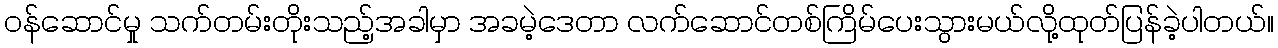
ဝန်ဆောင်မှု သက်တမ်းတိုးသည့်အခါမှာ အခမဲ့ဒေတာ လက်ဆောင်တစ်ကြိမ်ပေးသွားမယ်လို့ထုတ်ပြန်ခဲ့ပါတယ်။